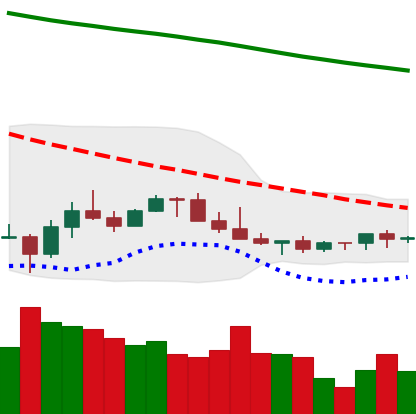
Ticker: LINK-USD
Chart end date: 2022-07-06
Forward return: -4.642%
Label: down_3_5